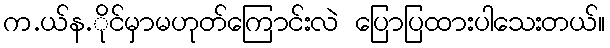
က.ယ်န.ိုင်မှာမဟုတ်ကြောင်းလဲ ပြောပြထားပါသေးတယ်။